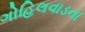
ગોહિલવાડના